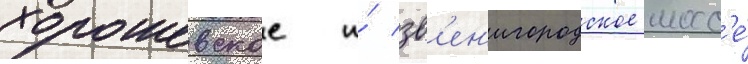
хорошевское и́ зв'ен'игородское шосс'е́